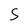
Character: S